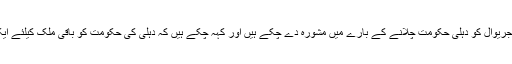
انہوں نے کہاکہ وہ کجریوال کو دہلی حکومت چلانے کے بارے میں مشورہ دے چکے ہیں اور کہہ چکے ہیں کہ دہلی کی حکومت کو باقی ملک کیلئے ایک مثال ہونا چاہیئے ۔